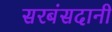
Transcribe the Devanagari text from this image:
सरबंसदानी